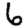
Digit: 6